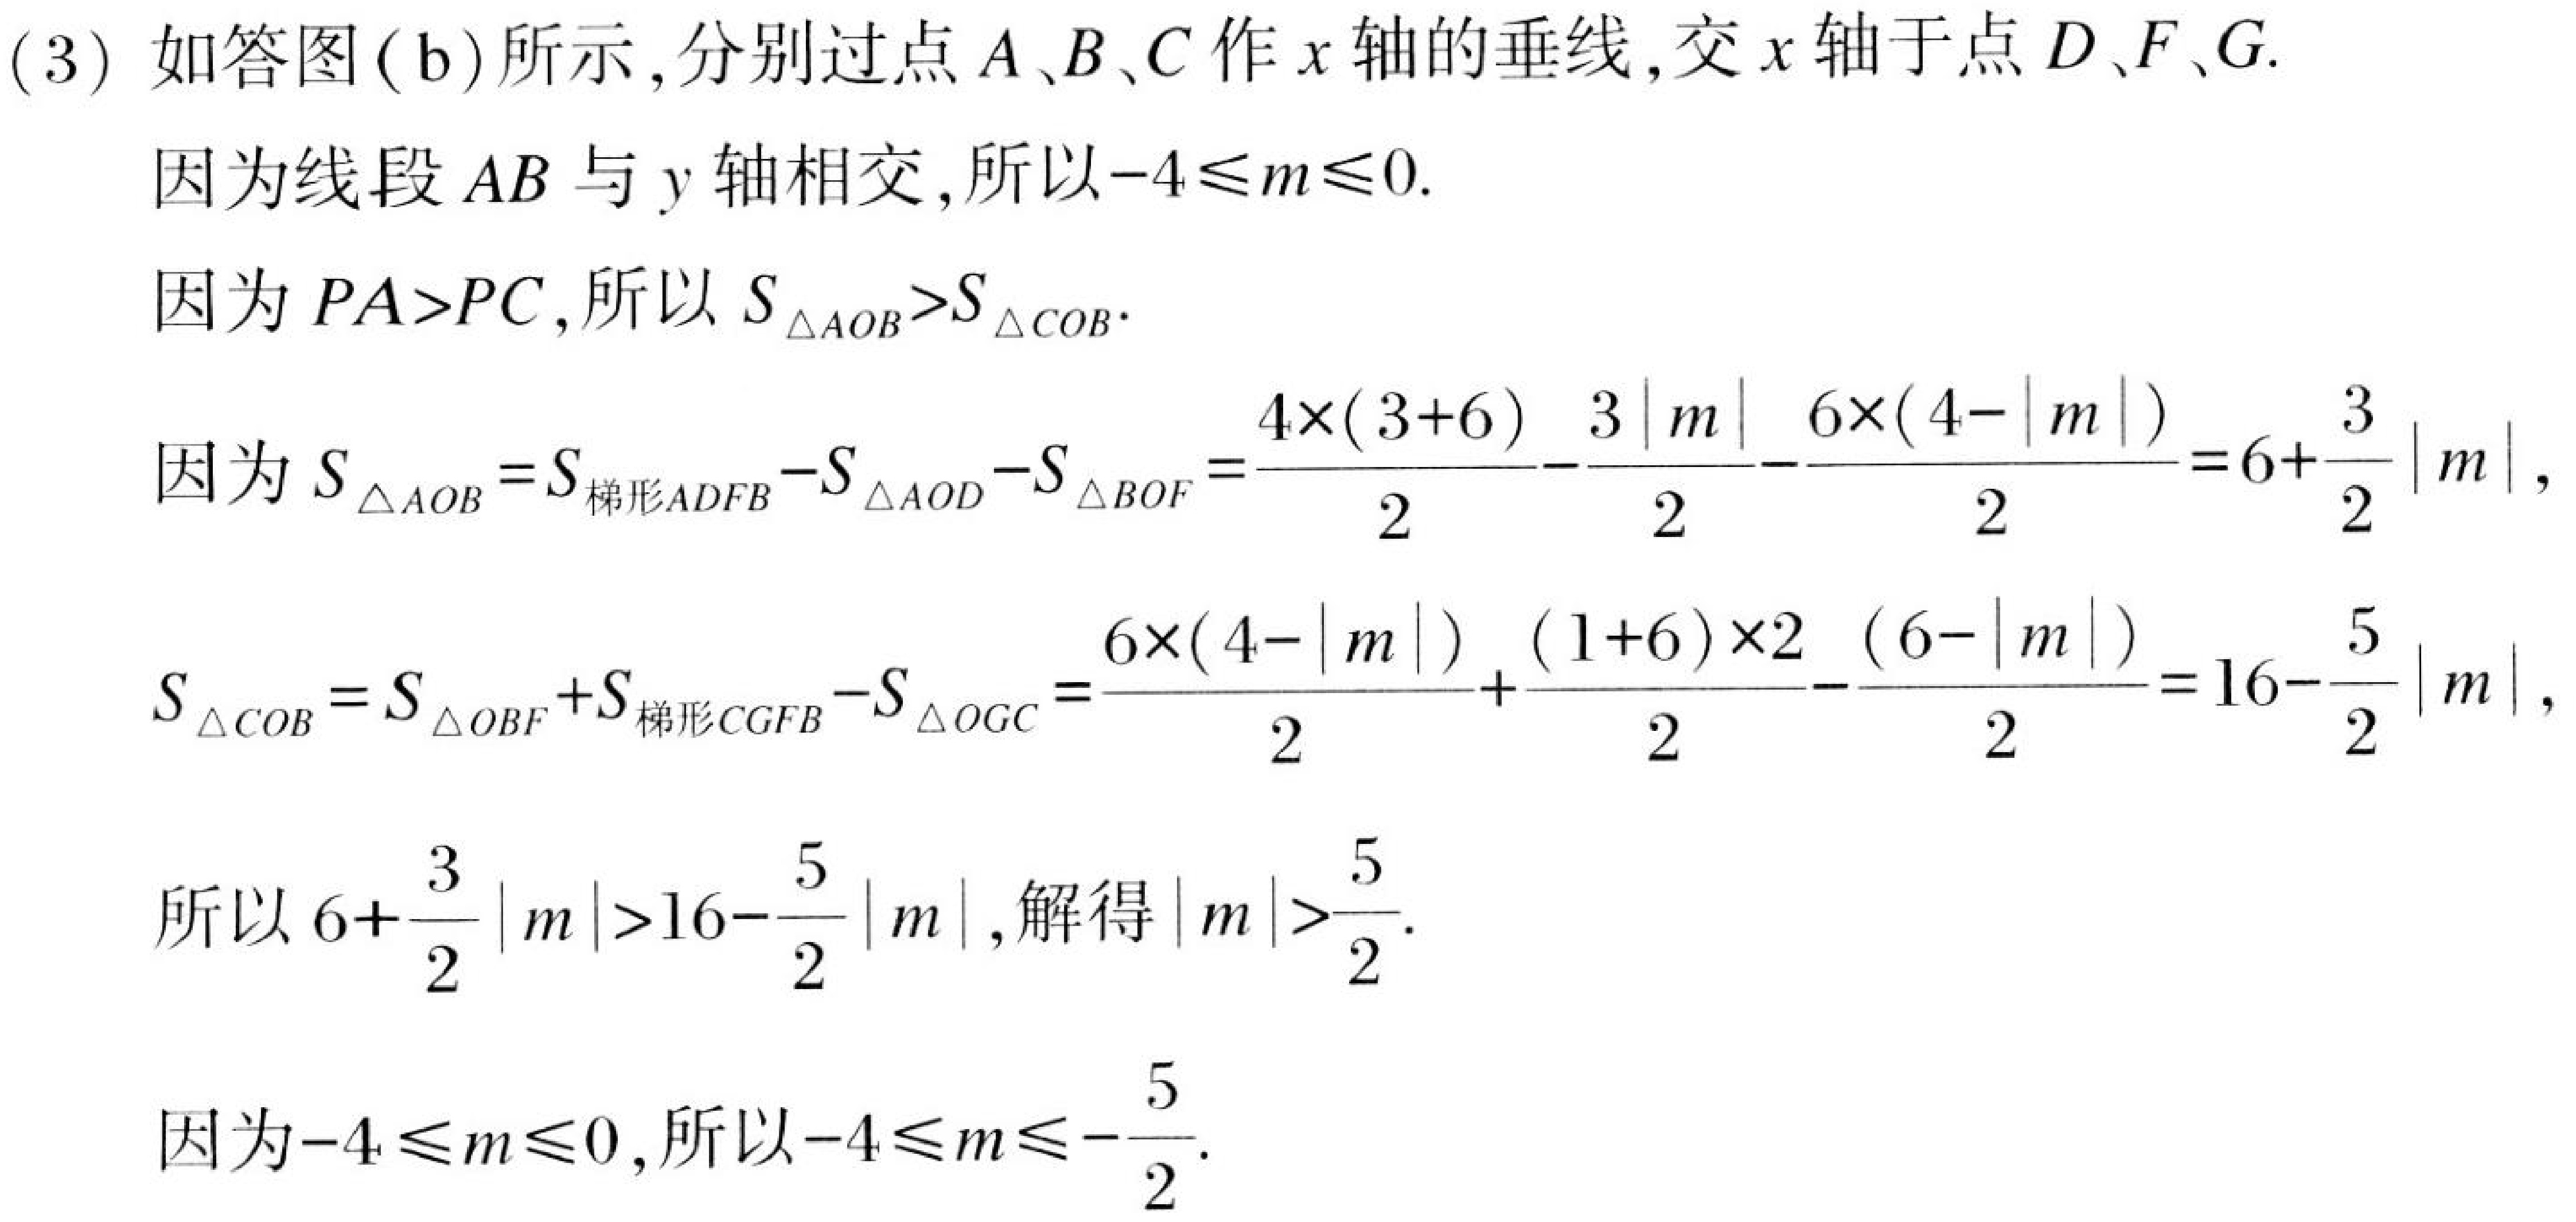
(3) 如答图(b)所示,分别过点 \(A\)、\(B\)、\(C\) 作 \(x\) 轴的垂线,交 \(x\) 轴于点 \(D\)、\(F\)、\(G\).
因为线段 \(AB\) 与 \(y\) 轴相交,所以\(-4\leqslant m\leqslant0\).
因为 \(PA > PC\),所以 \(S_{\triangle AOB}>S_{\triangle COB}\).
因为 \(S_{\triangle AOB}=S_{梯形ADFB}-S_{\triangle AOD}-S_{\triangle BOF}=\frac{4\times(3 + 6)}{2}-\frac{3|m|}{2}-\frac{6\times(4 - |m|)}{2}=6+\frac{3}{2}|m|\),
\(S_{\triangle COB}=S_{\triangle OBF}+S_{梯形CGFB}-S_{\triangle OGC}=\frac{6\times(4 - |m|)}{2}+\frac{(1 + 6)\times2}{2}-\frac{(6 - |m|)}{2}=16-\frac{5}{2}|m|\),
所以 \(6+\frac{3}{2}|m|>16-\frac{5}{2}|m|\),解得\(|m|>\frac{5}{2}\).
因为\(-4\leqslant m\leqslant0\),所以\(-4\leqslant m\leqslant-\frac{5}{2}\).